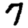
Digit: 7